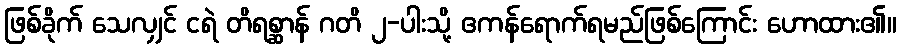
ဖြစ်ခိုက် သေလျှင် ငရဲ တိရစ္ဆာန် ဂတိ ၂-ပါးသို့ ဧကန်ရောက်ရမည်ဖြစ်ကြောင်း ဟောထား၏။